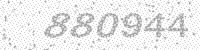
Solution: 880944